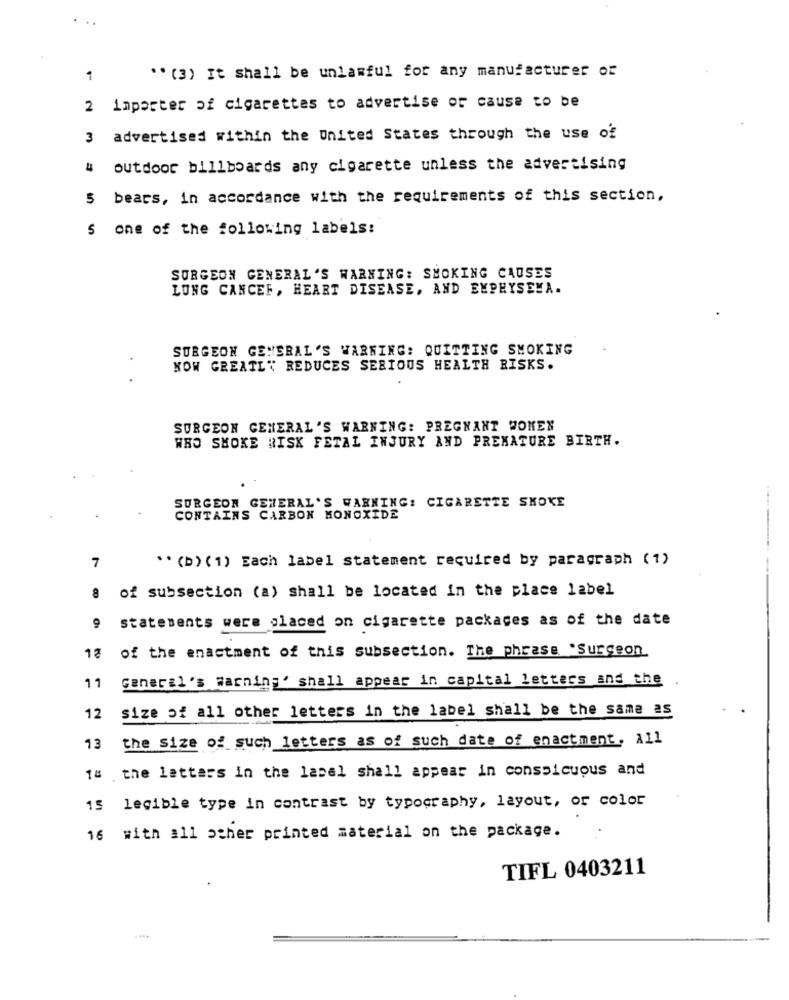
..
1
" (3) It shall be unlawful for any manufacturer of
2 importer of cigarettes to advertise of cause to be
3 advertised within the United States through the use of
4 outdoor billboards any cigarette unless the advertising
5 bears, in accordance with the requirements of this section,
S one of the following labels:
SURGEON GENERAL'S WARNING: SMOKING CAUSES
LUNG CANCEF, HEART DISEASE, AND EMPHYSEMA.
SURGEON GENERAL'S WARNING: QUITTING SMOKING
NOW GREATLY REDUCES SERIOUS HEALTH RISKS.
SURGEON GENERAL'S WARNING: PREGNANT WOMEN
WHO SMOKE RISK FETAL INJURY AND PREMATURE BIRTH.
SURGEON GENERAL'S WARNING: CIGARETTE SKOKE
CONTAINS CARBON MONOXIDE
7
** (b) ( 1) Each label statement required by paragraph (1)
of subsection (a) shall be located in the place label
8
statements were placed on cigarette packages as of the date
of the enactment of this subsection. The phrase .Surgeon
13
General's warning' shall appear in capital letters and the .
11
size of all other letters in the label shall be the same as
12
the size of such letters as of such date of enactment. all
13
to the letters in the label shall appear in conspicuous and
15 legible type in contrast by typography, layout, or color
16 with all other printed material on the package.
TIFL 0403211